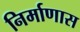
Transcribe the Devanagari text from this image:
निर्माणास